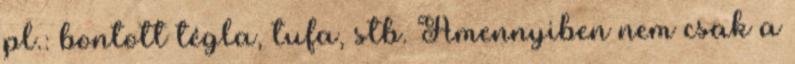
pl.: bontott tégla, tufa, stb. Amennyiben nem csak a